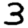
Digit: 3